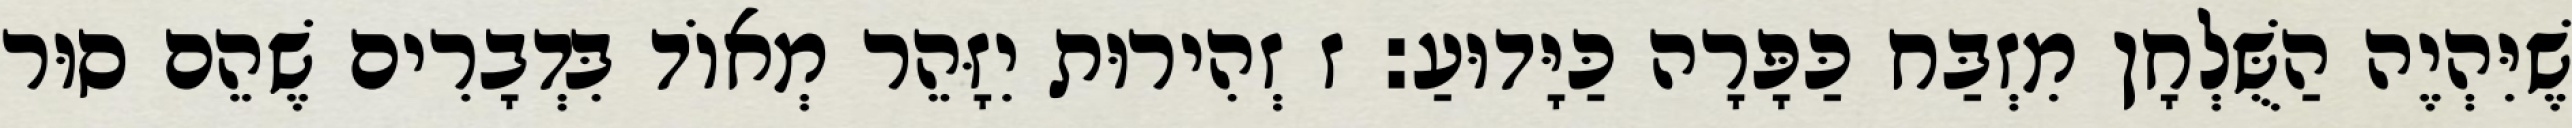
שֶׁיִּהְיֶה הַשֻּׁלְחָן מִזְבַּח כַּפָּרָה כַּיָּדוּעַ: ז זְהִירוּת יִזָּהֵר מְאוֹד בִּדְבָרִים שֶׁהֵם סוּר